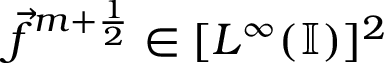
\vec { f } ^ { m + \frac { 1 } { 2 } } \in [ L ^ { \infty } ( \mathbb { I } ) ] ^ { 2 }